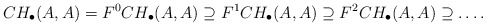
\begin{align*} CH_{\bullet}(A,A) = F^0CH_{\bullet}(A,A) \supseteq F^1CH_{\bullet}(A,A) \supseteq F^2CH_{\bullet}(A,A)\supseteq \dots .\end{align*}